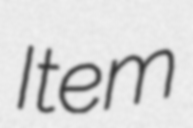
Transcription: Item